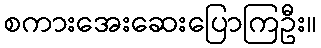
စကားအေးဆေးပြောကြဦး။